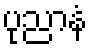
ပုညာနံ